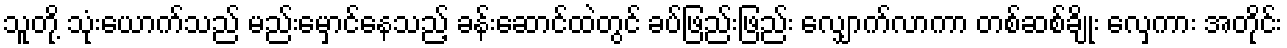
သူတို့ သုံးယောက်သည် မည်းမှောင်နေသည့် ခန်းဆောင်ထဲတွင် ခပ်ဖြည်းဖြည်း လျှောက်လာကာ တစ်ဆစ်ချိုး လှေကား အတိုင်း